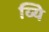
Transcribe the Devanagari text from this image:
व्यिे